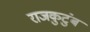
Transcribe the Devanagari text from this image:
राजकुटुंब